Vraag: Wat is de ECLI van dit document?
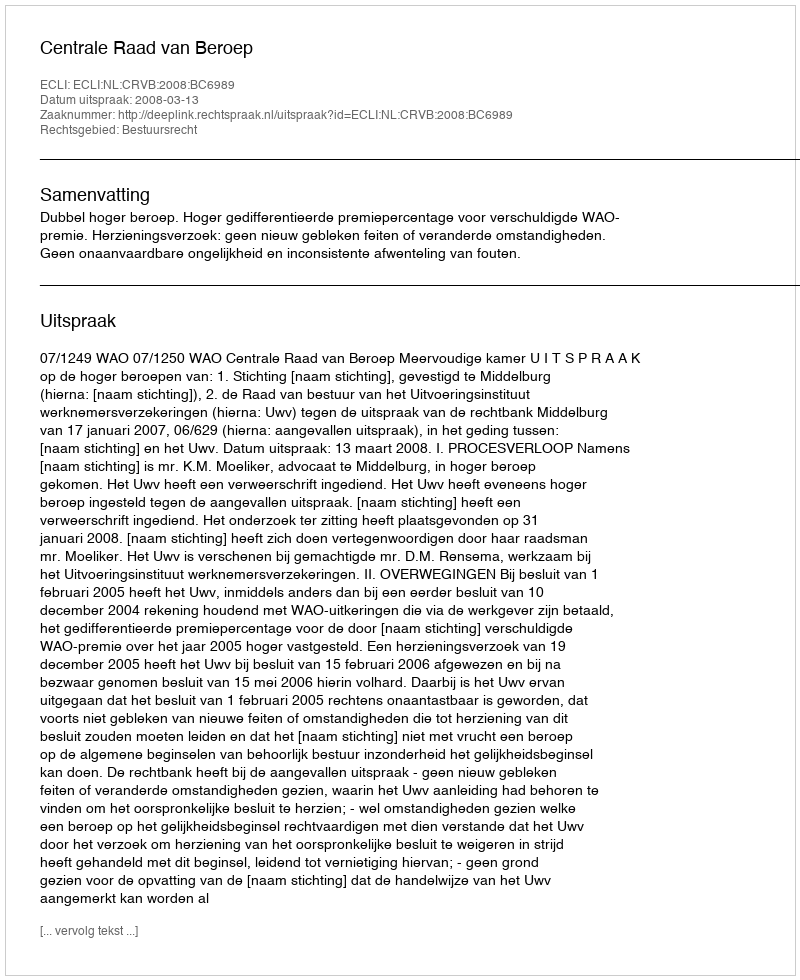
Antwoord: ECLI:NL:CRVB:2008:BC6989